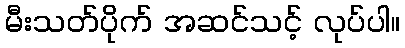
မီးသတ်ပိုက် အဆင်သင့် လုပ်ပါ။